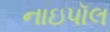
નાઇપૉલ